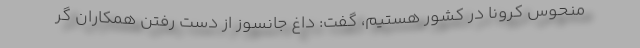
منحوس کرونا در کشور هستیم، گفت: داغ جانسوز از دست رفتن همکاران گر